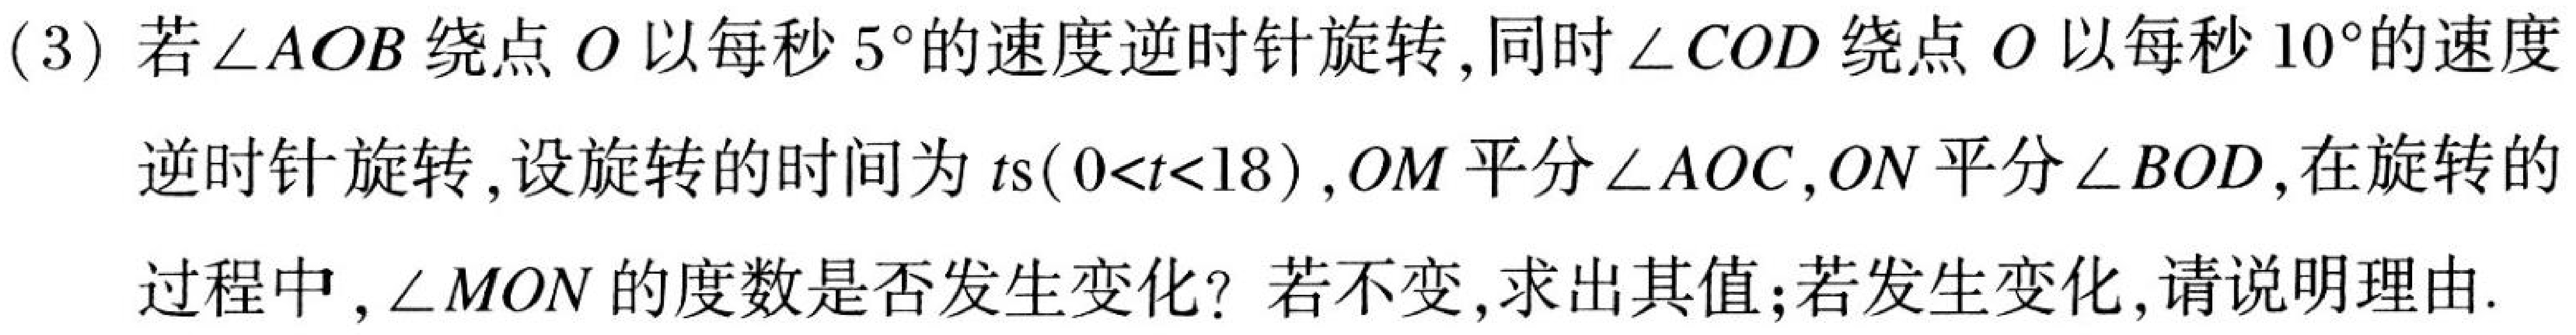
(3)若$\angle AOB$绕点$O$以每秒$5^{\circ}$的速度逆时针旋转,同时$\angle COD$绕点$O$以每秒$10^{\circ}$的速度
逆时针旋转,设旋转的时间为$t\text{s}(0<t<18)$,$OM$平分$\angle AOC$,$ON$平分$\angle BOD$,在旋转的
过程中,$\angle MON$的度数是否发生变化?若不变,求出其值;若发生变化,请说明理由.